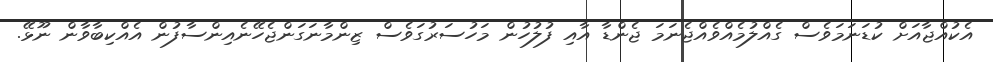
އެކުއްޖާއަށް ކުޑަނަމަވެސް ގެއްލުމެއްވެއްޖެނަމަ ޖެންޑާ އާއި ފުލުހުން މަހުސަރުގަވެސް ޒިންމާނަގަންޖެހޭނެއިންސާފުން އެއްކިބާވާން ނޫޅޭ.